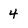
Character: 4